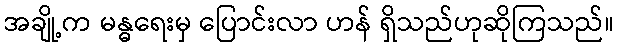
အချို့က မန္ဓရေးမှ ပြောင်းလာ ဟန် ရှိသည်ဟုဆိုကြသည်။